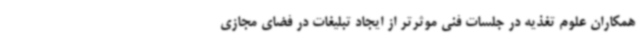
همکاران علوم تغذیه در جلسات فنی موثرتر از ایجاد تبلیغات در فضای مجازی